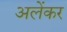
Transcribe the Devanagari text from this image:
अलेंकर